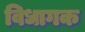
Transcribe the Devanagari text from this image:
विधागक